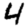
Digit: 4